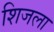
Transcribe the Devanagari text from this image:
शिजला